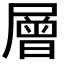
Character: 層